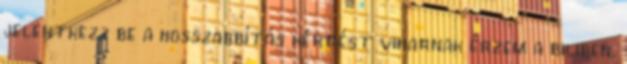
jelentkezz be a hosszabbítás kérdést viharnak érzem a biliben,